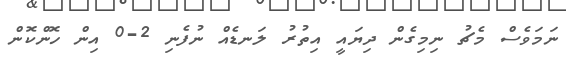
ނަމަވެސް މެޗު ނިމިގެން ދިޔައީ އިތުރު ލަނޑެއް ނުފެނި 2-0 އިން ހޮންކޮން